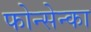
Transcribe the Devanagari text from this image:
फोन्सेन्का